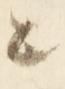
と